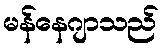
မန်နေဂျာသည်